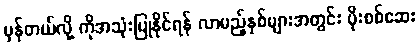
မှန်တယ်လို့ ကိုအသုံးပြုနိုင်ရန် လာမည့်နှစ်များအတွင်း ပိုးစစ်ဆေး